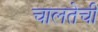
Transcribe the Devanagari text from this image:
चालतेची